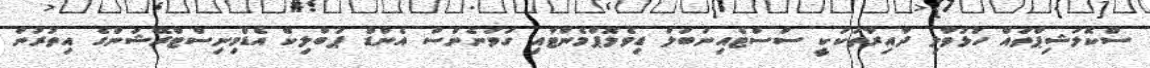
ސްކޮލަޝިޕްތައް ހުޅުވާލި ދާއިރާތަކަކީ ސަސްޓެއިނަބަލް ޑިވެލޮޕްމެންޓާއި ގަވަނެންސް އެންޑް ޕަބްލިކް އެޑްމިނިސްޓްރޭޝަންގެ އިތުރުން